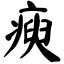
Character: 瘐